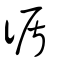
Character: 循